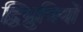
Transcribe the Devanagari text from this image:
द्विध्रुवियों